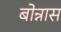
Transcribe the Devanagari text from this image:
बोन्नास